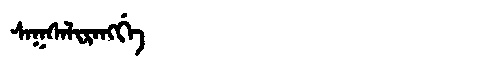
Manchu: ᠰᠠᡴᠰᠠᠯᡳᡵᠠᠩᡤᡝ
Romanization: SAKSALIRANGGE